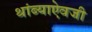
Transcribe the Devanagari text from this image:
थांब्याऐवजी